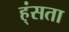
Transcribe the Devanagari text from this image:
ह्ंसता